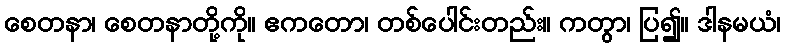
စေတနာ၊ စေတနာတို့ကို။ ဧကတော၊ တစ်ပေါင်းတည်း။ ကတွာ၊ ပြ၍။ ဒါနမယံ၊